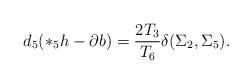
\begin{align*}d_5(*_5h-\partial b)={{2T_3}\over {T_6}}\delta (\Sigma_2,\Sigma_5).\end{align*}